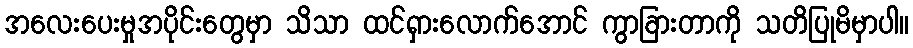
အလေးပေးမှုအပိုင်းတွေမှာ သိသာ ထင်ရှားလောက်အောင် ကွာခြားတာကို သတိပြုမိမှာပါ။